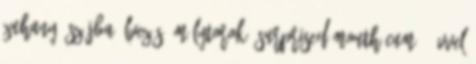
zuhany, szájba élvezés, mélytorok, surprised mouth cum 3 évvel